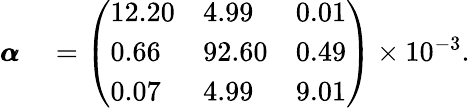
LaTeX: \begin{array}{rl}{\pmb{\alpha}}&{{}=\left(\begin{array}{lll}{12.20}&{4.99}&{0.01}\\ {0.66}&{92.60}&{0.49}\\ {0.07}&{4.99}&{9.01}\end{array}\right)\times 10^{-3}.}\end{array}